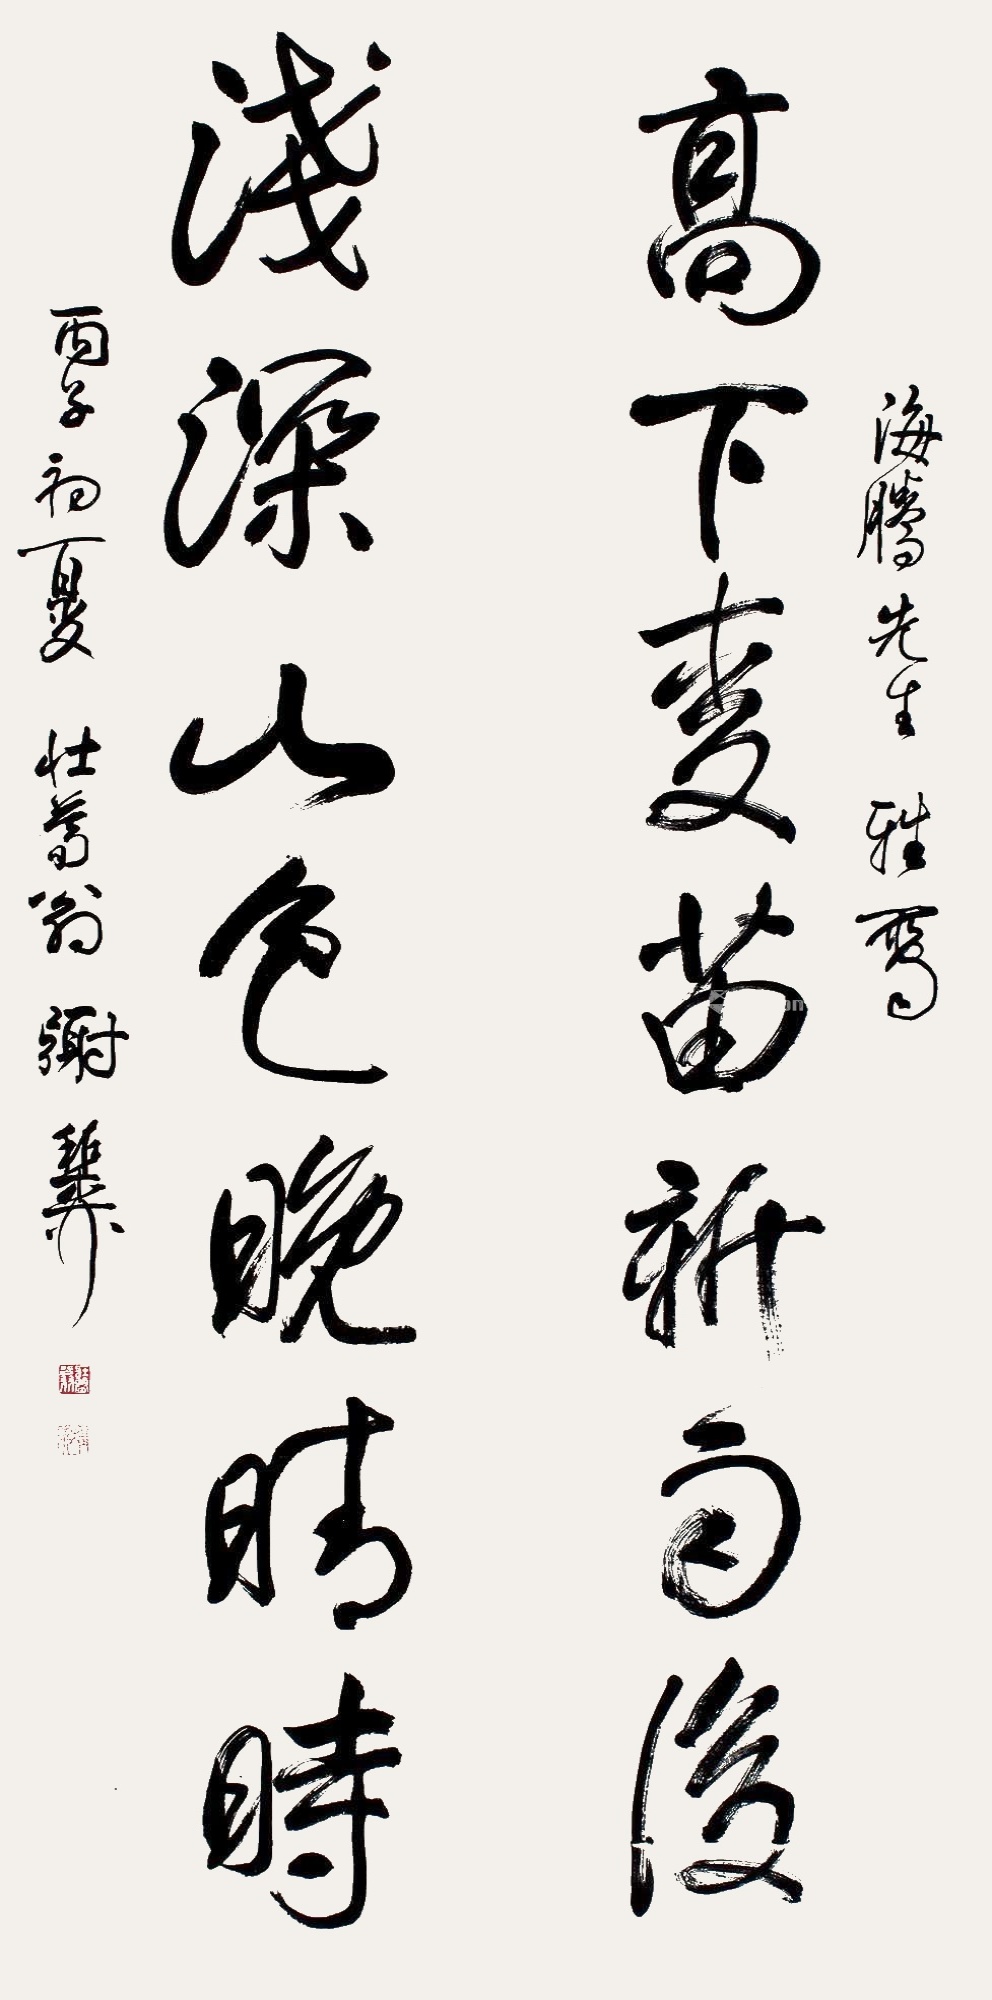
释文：高下麦苗新雨后，浅深山色晚晴时。海腾先生雅属，丙子初夏，壮暮翁谢稚柳。